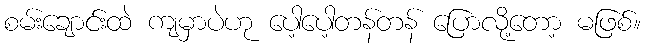
စမ်းချောင်းထဲ ကျမှာပဲဟု ပေါ့ပေါ့တန်တန် ပြောလို့တော့ မဖြစ်။